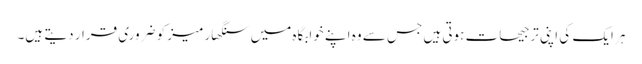
ہر ایک کی اپنی ترجیحات ہوتی ہیں جس سے وہ اپنے خوابگاہ میں سنگھار میز کو ضروری قرار دیتے ہیں۔